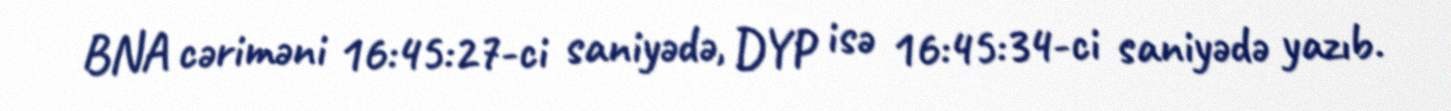
BNA cəriməni 16:45:27-ci saniyədə, DYP isə 16:45:34-ci saniyədə yazıb.